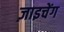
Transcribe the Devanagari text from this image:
ज़ाइचेंग